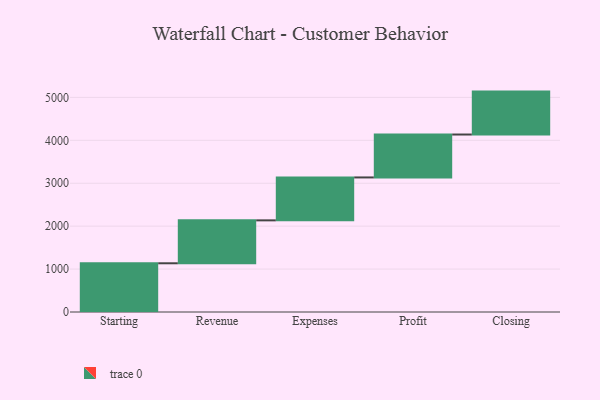
{"axis": {"x": "Step", "y": "Value"}, "legend": [""], "data": [{"x": "Starting", "y": 1135.0, "type": ""}, {"x": "Revenue", "y": 1000, "type": ""}, {"x": "Expenses", "y": 1000, "type": ""}, {"x": "Profit", "y": 1000, "type": ""}, {"x": "Closing", "y": 1000, "type": ""}]}